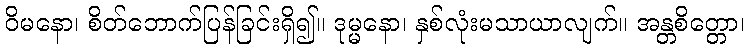
ဝိမနော၊ စိတ်ဘောက်ပြန်ခြင်းရှိ၍။ ဒုမ္မနော၊ နှစ်လုံးမသာယာလျက်။ အန္တစိတ္တော၊